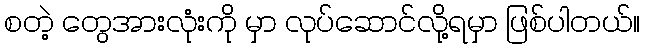
စတဲ့ တွေအားလုံးကို မှာ လုပ်ဆောင်လို့ရမှာ ဖြစ်ပါတယ်။